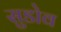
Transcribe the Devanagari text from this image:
सुडोव